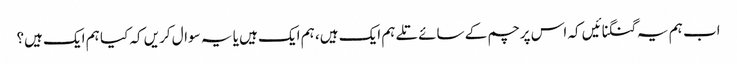
اب ہم یہ گنگنائیں کہ اس پرچم کے سائے تلے ہم ایک ہیں، ہم ایک ہیں یا یہ سوال کریں کہ کیا ہم ایک ہیں؟